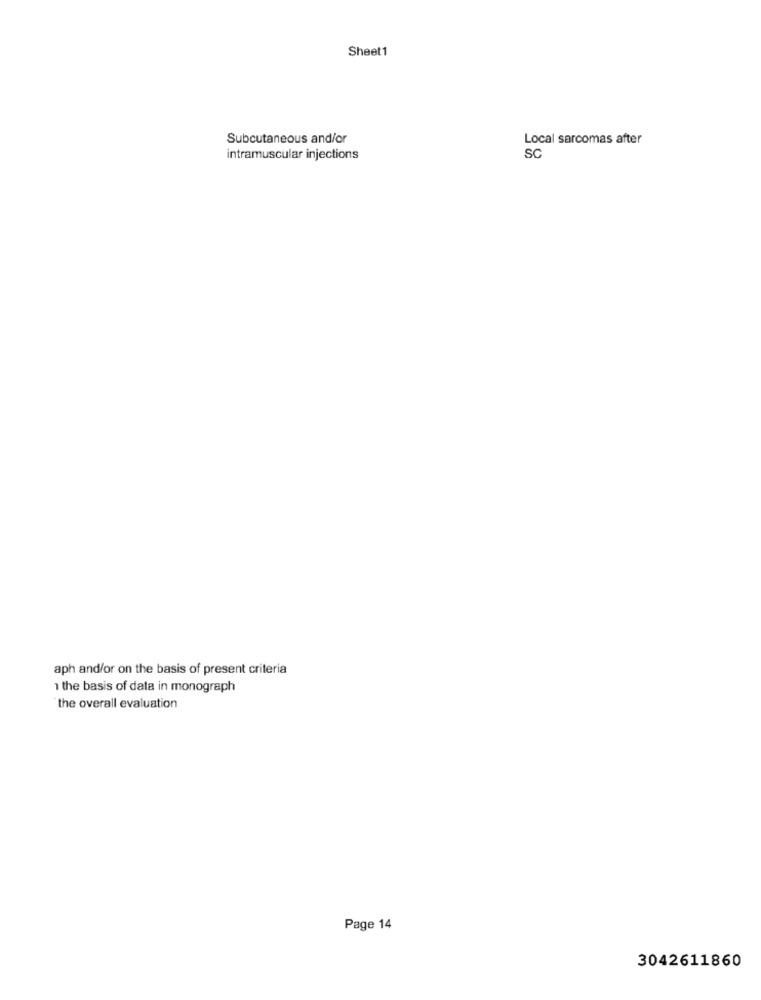
Sheet1
Subcutaneous and/or
Local sarcomas after
SC
intramuscular injections
aph and/or on the basis of present criteria
1 the basis of data in monograph
the overall evaluation
Page 14
3042611860